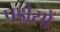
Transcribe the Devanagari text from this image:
पड़ोसों